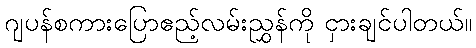
ဂျပန်စကားပြောဧည့်လမ်းညွှန်ကို ငှားချင်ပါတယ်။